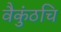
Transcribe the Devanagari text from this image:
वैकुंठचि